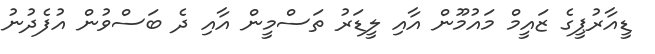
ޑީއާރުޕީގެ ޒައީމް މައުމޫން އާއި ލީޑަރު ތަސްމީން އާއި ދެ ބަސްވުން އުފެދުނު